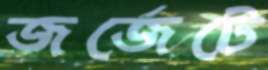
জর্জেটে